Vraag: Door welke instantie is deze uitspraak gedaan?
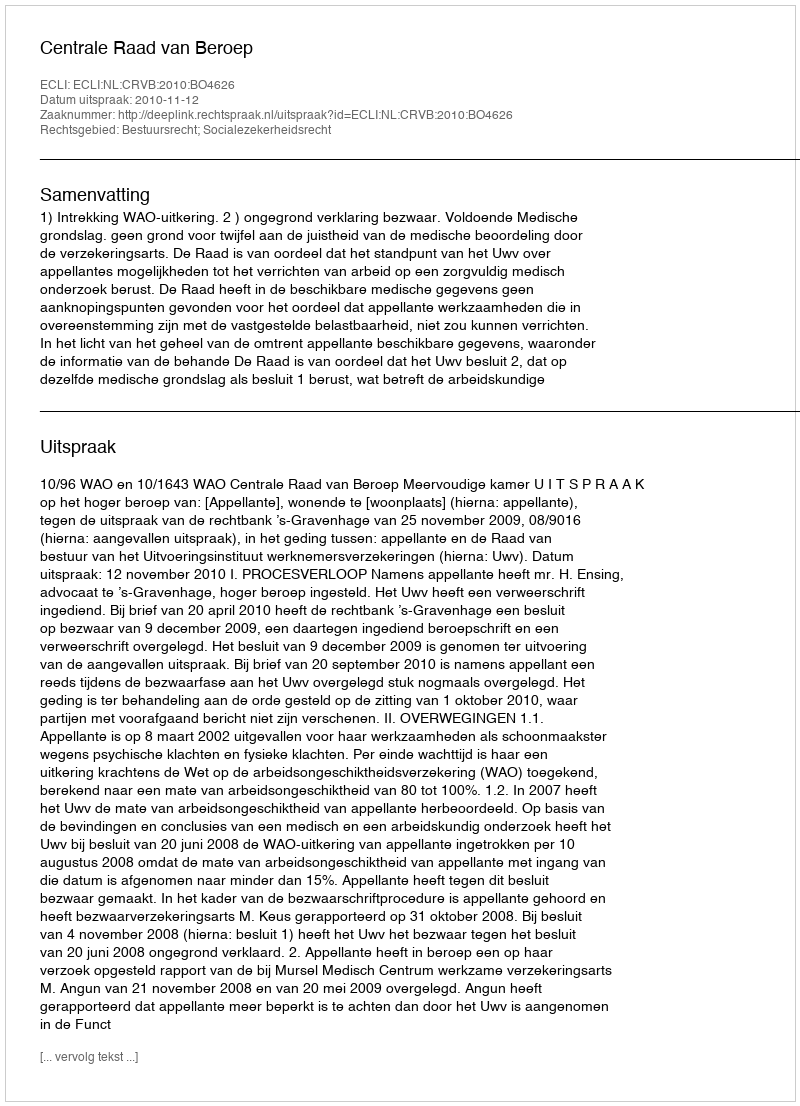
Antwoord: Centrale Raad van Beroep